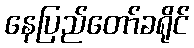
နေပြည်တော်ခရိုင်